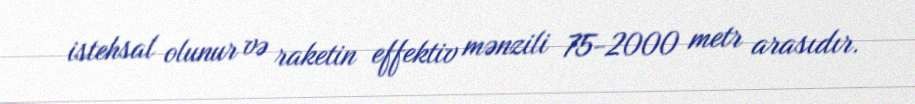
istehsal olunur və raketin effektiv mənzili 75-2000 metr arasıdır.